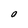
Character: O